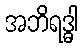
အဘိရဒ္ဓါ